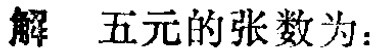
解 五元的张数为：